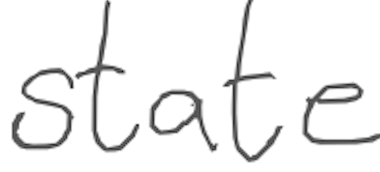
Text: state
Cross-out: clean
Writing tool: digital_gray